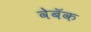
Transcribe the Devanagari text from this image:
वेबॅक